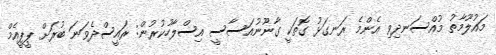
މައުލޫމާތު މުއްސަނދިވި އެންމެ ރަނގަޅު ގޮތަކީ ގާނޫނުއަސާސީ އިސްލާހުކުރުން: ރައީސްދެވަނަ ބުރަށް ޕީޕީއެމް